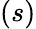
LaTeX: \left(s\right)